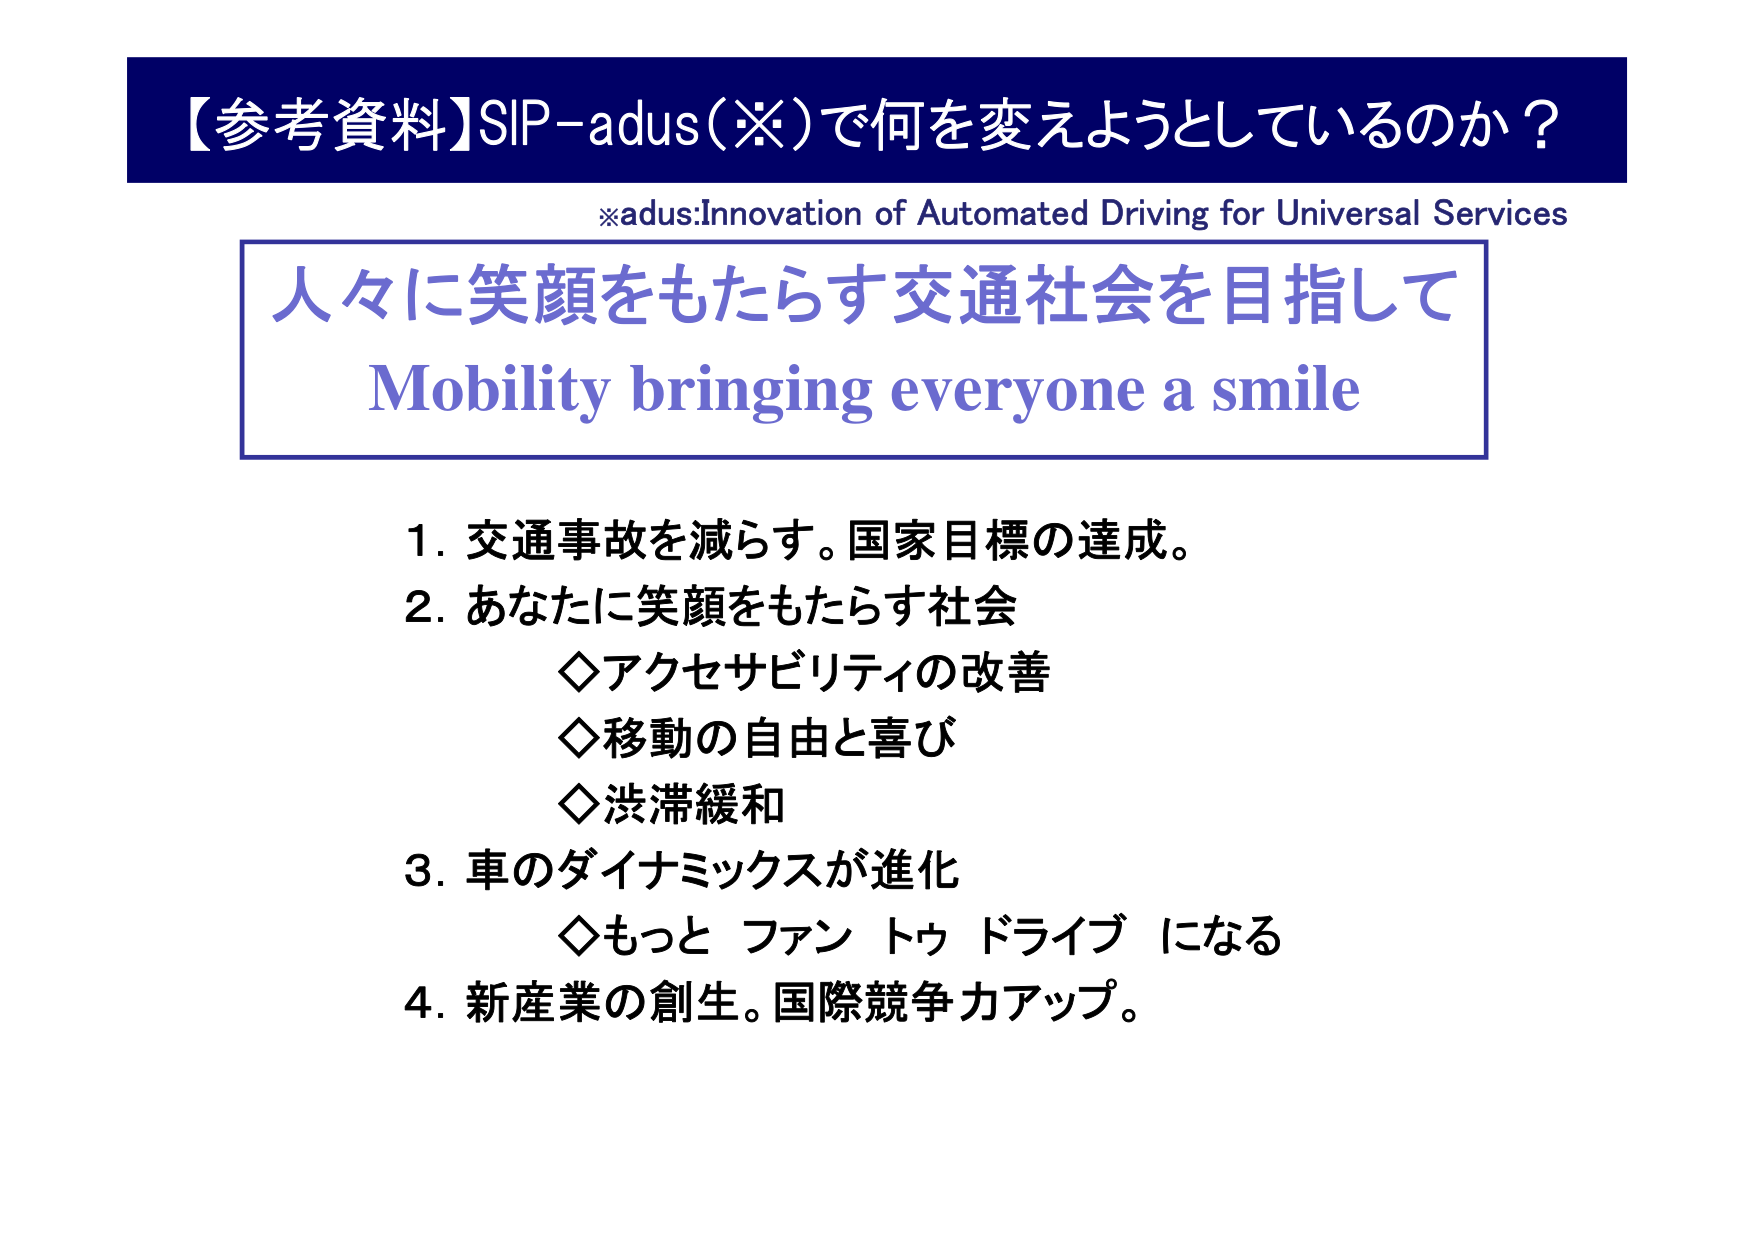
【参考資料】SIP-adus(※)で何を変えようとしているのか？

※adus:Innovation of Automated Driving for Universal Services

人々に笑顔をもたらす交通社会を目指して
Mobility bringing everyone a smile

1. 交通事故を減らす。国家目標の達成。
2. あなたに笑顔をもたらす社会
　◇アクセサビリティの改善
　◇移動の自由と喜び
　◇渋滞緩和
3. 車のダイナミックスが進化
　◇もっと ファン トゥ ドライブ になる
4. 新産業の創生。国際競争力アップ。